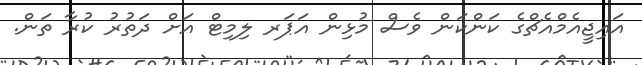
އައިޖީއެމްއެޗްގެ ކަންކަން ވެސް މުޅިން އަޕަރ ލިމިޓް އަށް ދަތުރު ކުރާ ތަން.